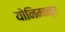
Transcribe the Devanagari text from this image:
योनिमात्र